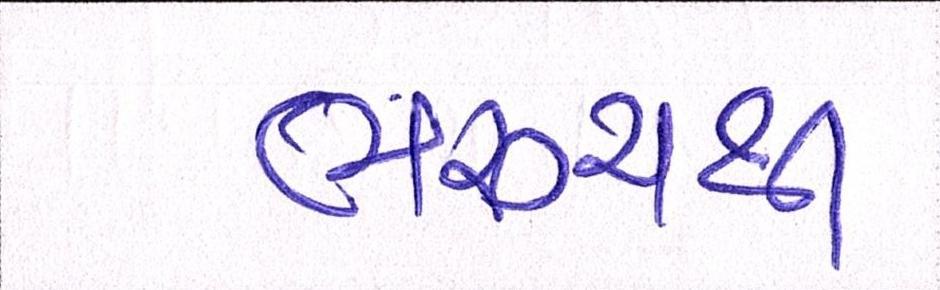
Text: ભરૂચથી